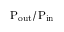
\mathrm { P _ { o u t } / P _ { i n } }